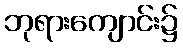
ဘုရားကျောင်း၌